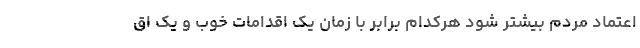
اعتماد مردم بیشتر شود هرکدام برابر با زمان یک اقدامات خوب و یک اق